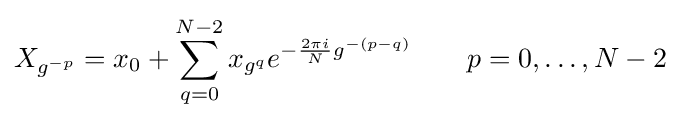
X_{g^{-p}}=x_{0}+\sum _{q=0}^{N-2}x_{g^{q}}e^{-{\frac {2\pi i}{N}}g^{-(p-q)}}\qquad p=0,\dots ,N-2